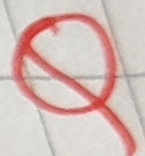
Text: Q